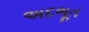
અદભૂત